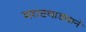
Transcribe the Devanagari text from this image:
मराठवाड्याने